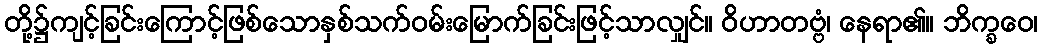
တို့၌ကျင့်ခြင်းကြောင့်ဖြစ်သောနှစ်သက်ဝမ်းမြောက်ခြင်းဖြင့်သာလျှင်။ ဝိဟာတဗ္ဗံ၊ နေရာ၏။ ဘိက္ခဝေ၊